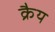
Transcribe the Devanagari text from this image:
क्रैय